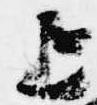
上